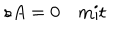
s A = 0 \quad \mathrm { m i t } \quad